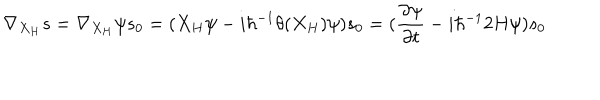
\nabla _ { X _ { H } } s = \nabla _ { X _ { H } } \psi s _ { 0 } = ( X _ { H } \psi - i \hbar ^ { - 1 } \theta ( X _ { H } ) \psi ) s _ { 0 } = ( \frac { \partial \psi } { \partial t } - i \hbar ^ { - 1 } 2 H \psi ) s _ { 0 }